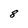
Character: 8